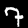
Label: 7